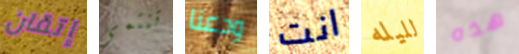
إتقان تنتمي ودعنا انت لليله هذه